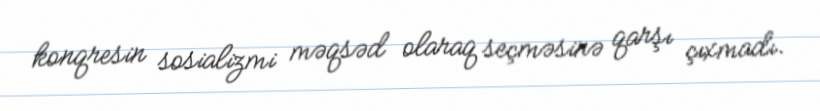
konqresin sosializmi məqsəd olaraq seçməsinə qarşı çıxmadı.